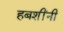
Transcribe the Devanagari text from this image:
हबशींनी